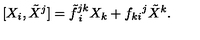
[ X _ { i } , \tilde { X } ^ { j } ] = { \tilde { f } ^ { j k } } _ { \: i } X _ { k } + { f _ { k i } } ^ { j } \tilde { X } ^ { k } .